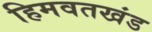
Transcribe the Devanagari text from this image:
हिमवतखंड